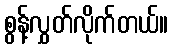
စွန့်လွှတ်လိုက်တယ်။